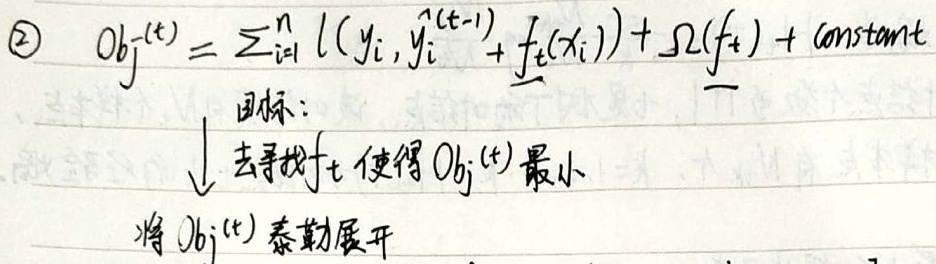
\[
\begin{align}
\textcircled{2}\quad Obj^{(t)}&=\sum_{i = 1}^{n} l(y_{i}, \hat{y}_{i}^{(t - 1)}+f_{t}(x_{i}))+\Omega(f_{t})+\text{constant}\\
&\text{目标：}\\
&\downarrow \text{ 去寻找}f_{t}\text{ 使得}Obj^{(t)}\text{ 最小}\\
&\text{将}Obj^{(t)}\text{ 泰勒展开}
\end{align}
\]